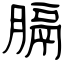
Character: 膈